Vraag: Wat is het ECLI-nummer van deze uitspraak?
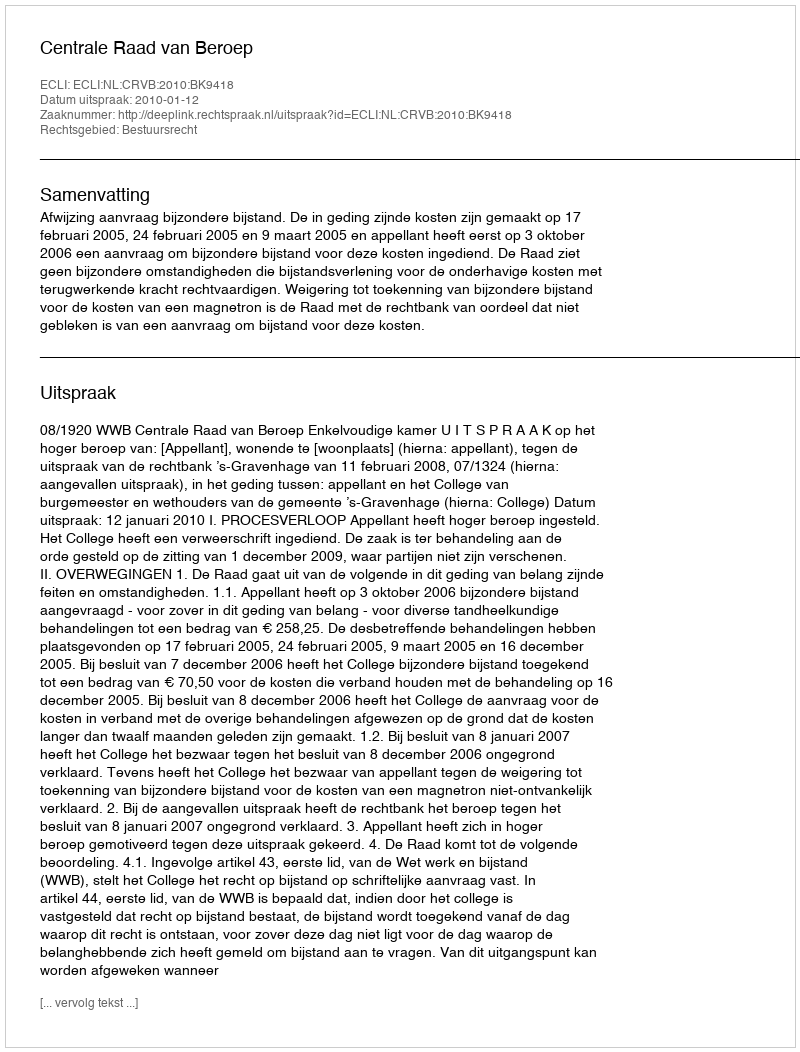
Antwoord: ECLI:NL:CRVB:2010:BK9418